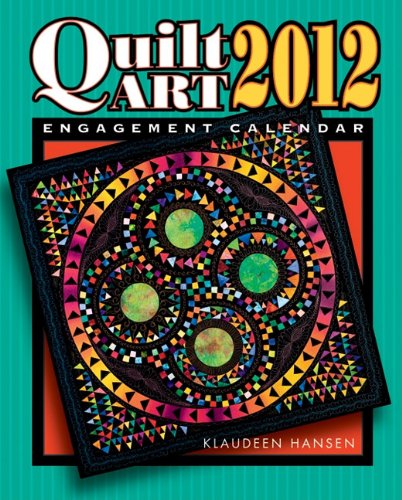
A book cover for Quilt Art 2012 Engagement Calendar; Klaudeen Hansen; Calendars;